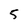
Character: 5